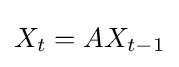
X_{t}=AX_{t-1}